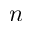
n